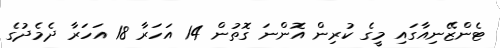
ޓެންޒޭނިއާގައި މީގެ ކުރިން އޮންނަ ގޮތުން 14 އަހަރާ 18 އަހަރާ ދެމެދުގެ